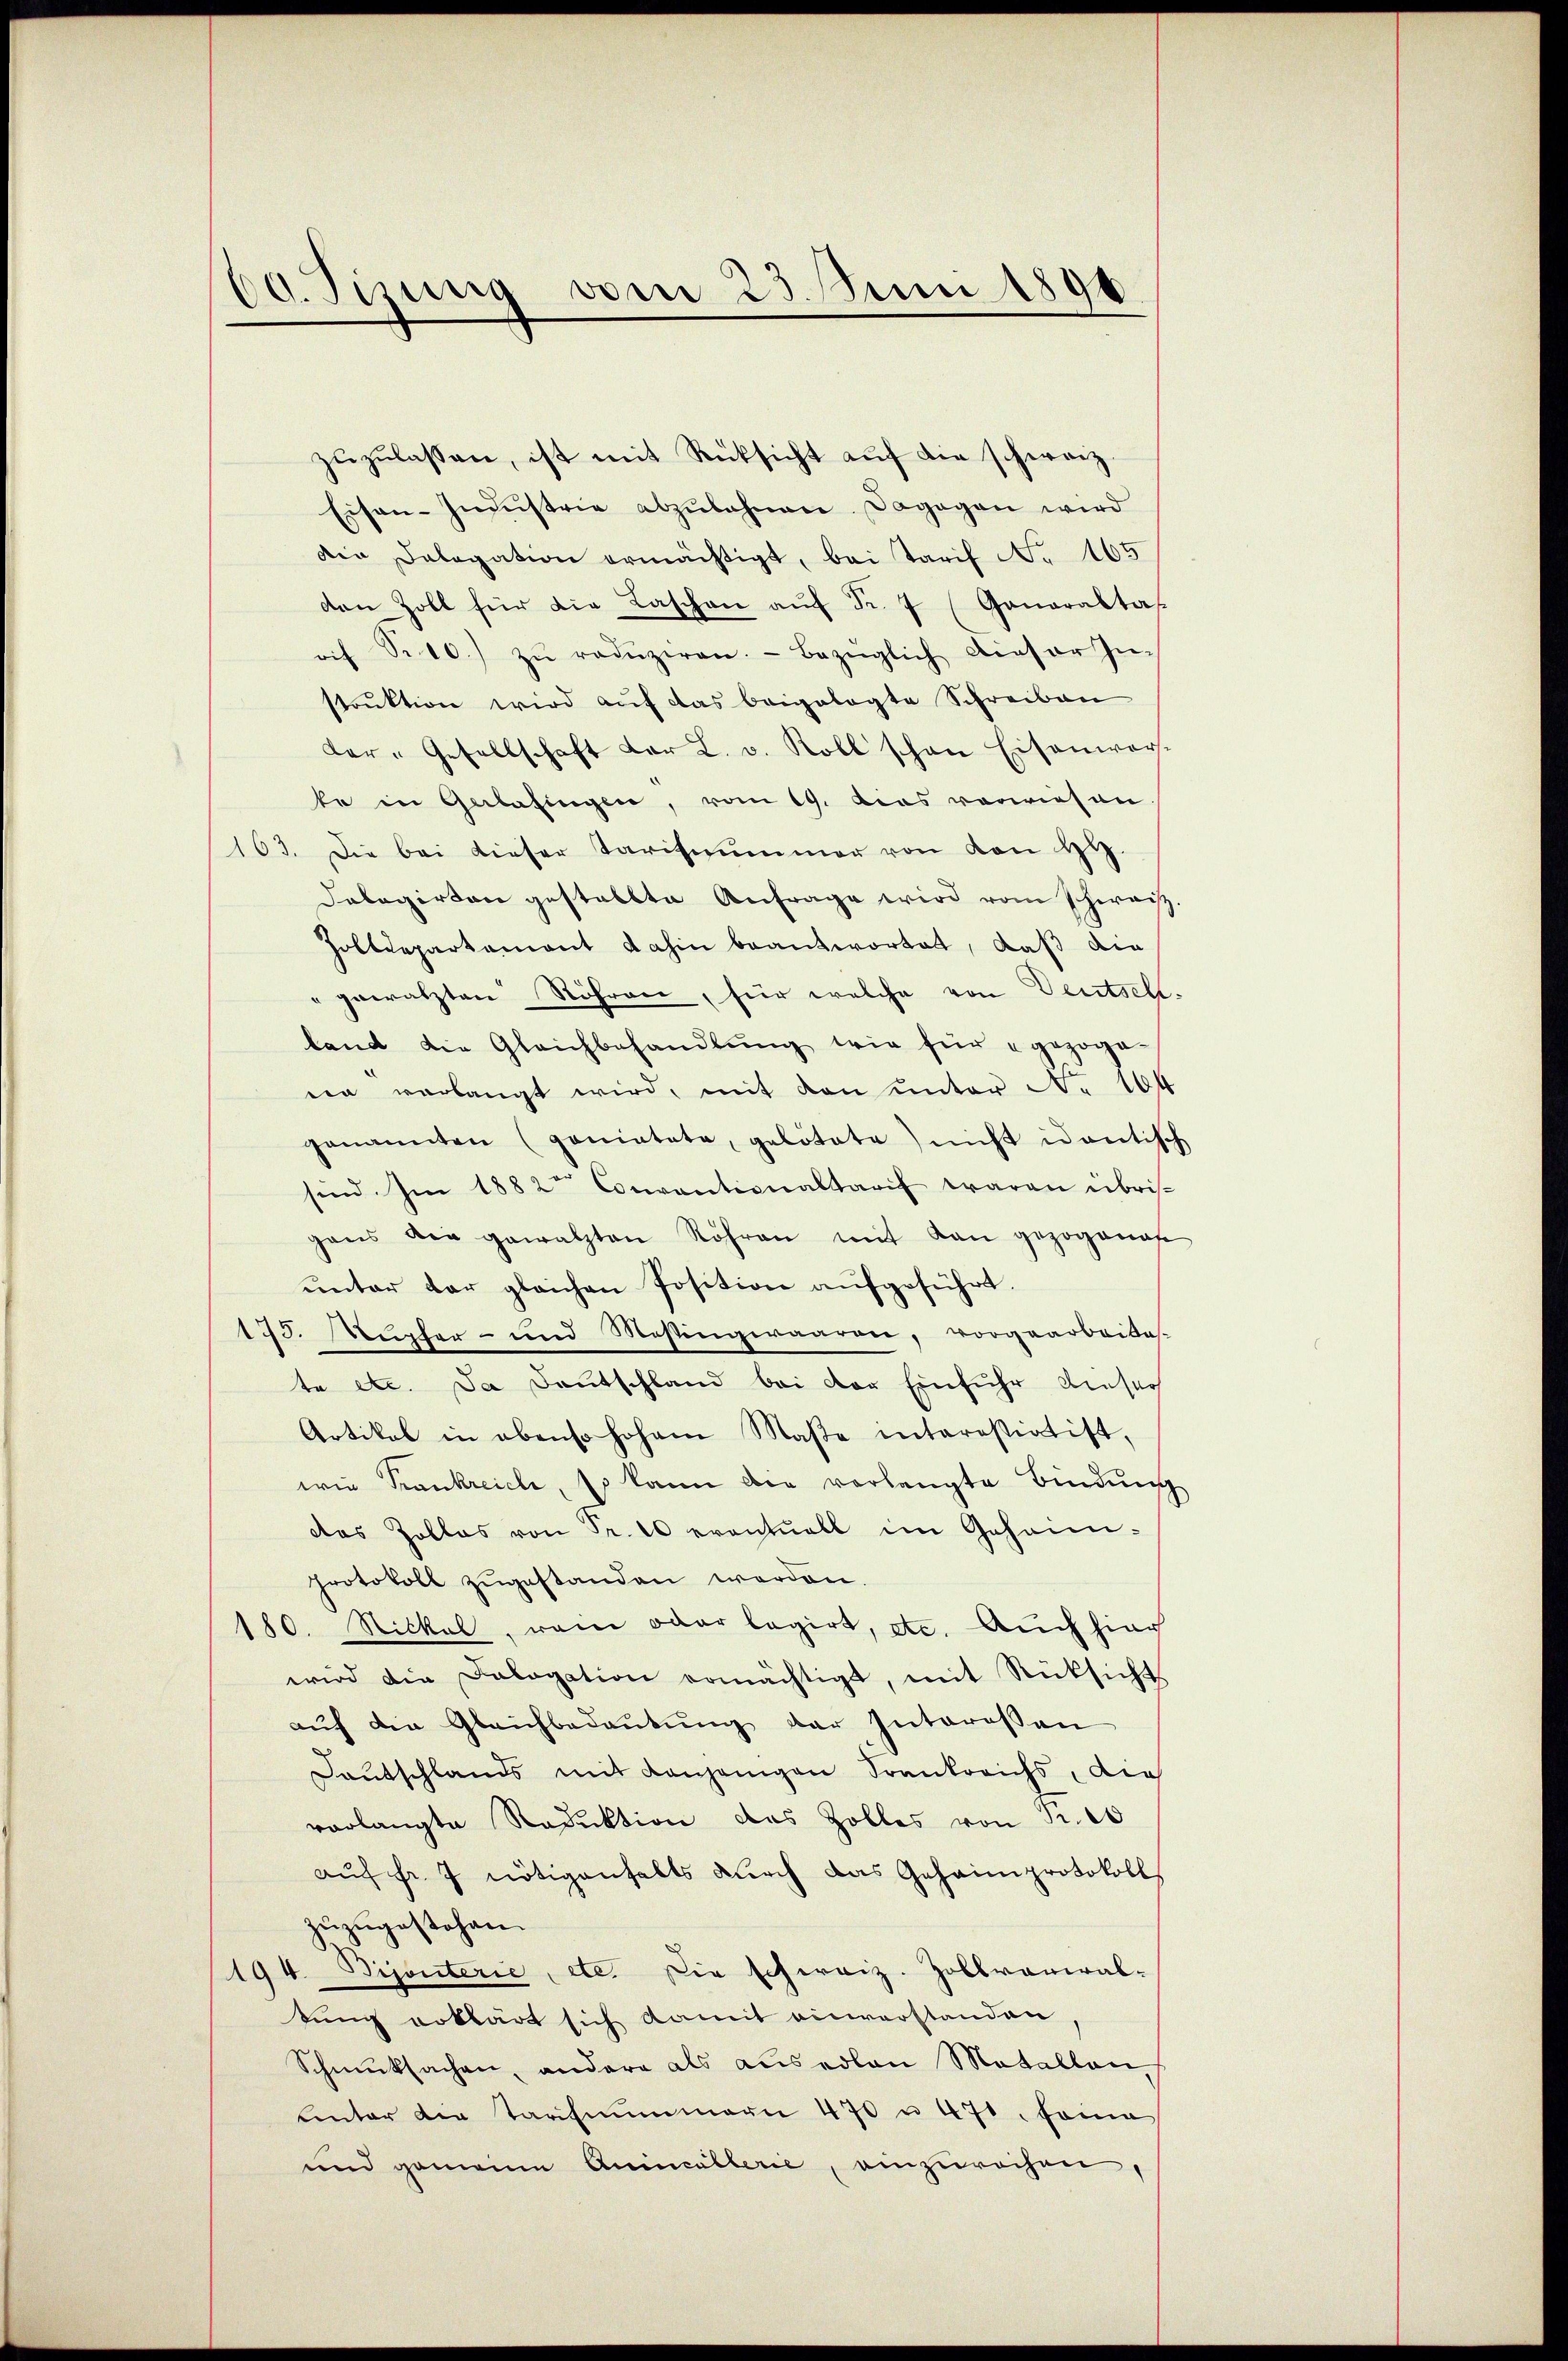
60. Sisung vom 23. Juni 1896

zŭzŭlassen, ist mit Rücksicht aŭf die schweiz.
Eisen-Indŭstrie abzŭlahnen. Dagegen wird
Die Delegation ermächtigt, bei Tarif No 165
den Zoll für die Laschen aŭf Fr. 7 (Ganaraltaf
rif S. 10. zŭ redŭziren. Bezüglich dieser In-
struktion wird auf das beigelegte Schreiben
dar-Gesellschaft der L. v. Roll schon Eisenwer-
ke in Gerlafingen, vom 19. das vorwiesen.
163. Die bei dieser Tarifsummer von den H.
Dabagirten gestallte Anfrage wird vom schweiz.
Zolldepartament dahin beantwortet, daß die
" gewätzten Röhren, für welche von Deutsch-
land die Gleichbehandlŭng wie für gezoge
na verlangt wird, mit den unter A. 104
genannten (geniatate, gelitate) nicht identisch
sind. Im 1882 Conventionaltarif waren übris
gans die gewalzten Röhren mit kan gezogena
ŭnter der gleichen Position aufgeführt.
175. Muster- und Messingwaaren, vorgearbeites-
te etc. Da Deutschland bei der Einfuhr dieser
Artikal in ebenso hohem Maβe interastiatist,
wie Trankreich, so kann die verlangte Bindung
das Zollos von Fr. 10 eventuell im Gehönnprotokoll zŭgestanden werden.
180. Nickel, wem oder lagirt, etc. Auch hier
wird die Dalogation ermächtigt, mit Rücksicht
aŭf die Gleichbedeŭtŭng der Interessen
Daŭtschlands mit denjenigen Frankreichs, die
vorlangte Reduktion das Zolles von Fr. 10
aŭf Fr. 7 nötigenfalls durch das Gehaimprotokoll
zŭzŭgestehen.
194. Pijouterie, etc. Die schweiz. Zollverwal-
tung erklärt sich damit einverstanden
Schmutsachen, andere als ausedlen Metallen,
unter der Tarifmŭmmann 470 u. 470. fanie
und gemeine Animalberie, einzurechen